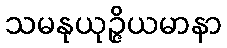
သမနုယုဉ္ဇိယမာနာ